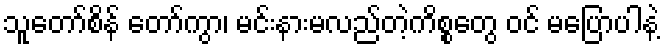
သူတော်စိန် တော်ကွာ၊ မင်းနားမလည်တဲ့ကိစ္စတွေ ဝင် မပြောပါနဲ့